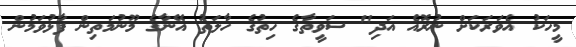
މީހަކު އެވަރަކަށް ނުރޮއެ އަދި" ސަވީތާގެ ހިތުގެ ހާލަތު އޭނާގެ މޫނުމަތިން ފާޅުވަމުން